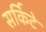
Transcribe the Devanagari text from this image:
सर्किटे